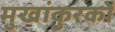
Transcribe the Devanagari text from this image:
मुखांकुरकों